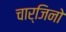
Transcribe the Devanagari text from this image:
चार्जिनो